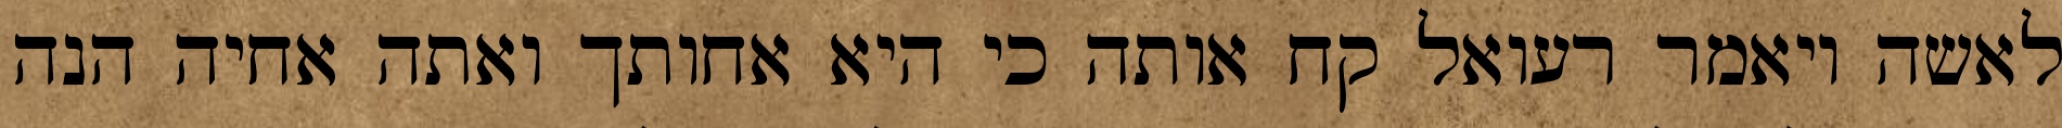
לאשה ויאמר רעואל קח אותה כי היא אחותך ואתה אחיה הנה